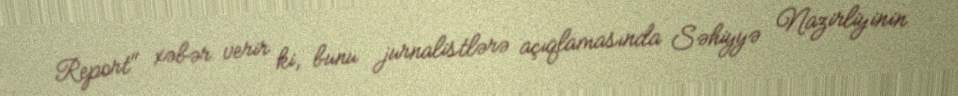
Report" xəbər verir ki, bunu jurnalistlərə açıqlamasında Səhiyyə Nazirliyinin